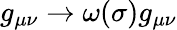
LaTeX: g_{\mu\nu}\rightarrow\omega(\sigma)g_{\mu\nu}